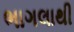
ભાગલાથી